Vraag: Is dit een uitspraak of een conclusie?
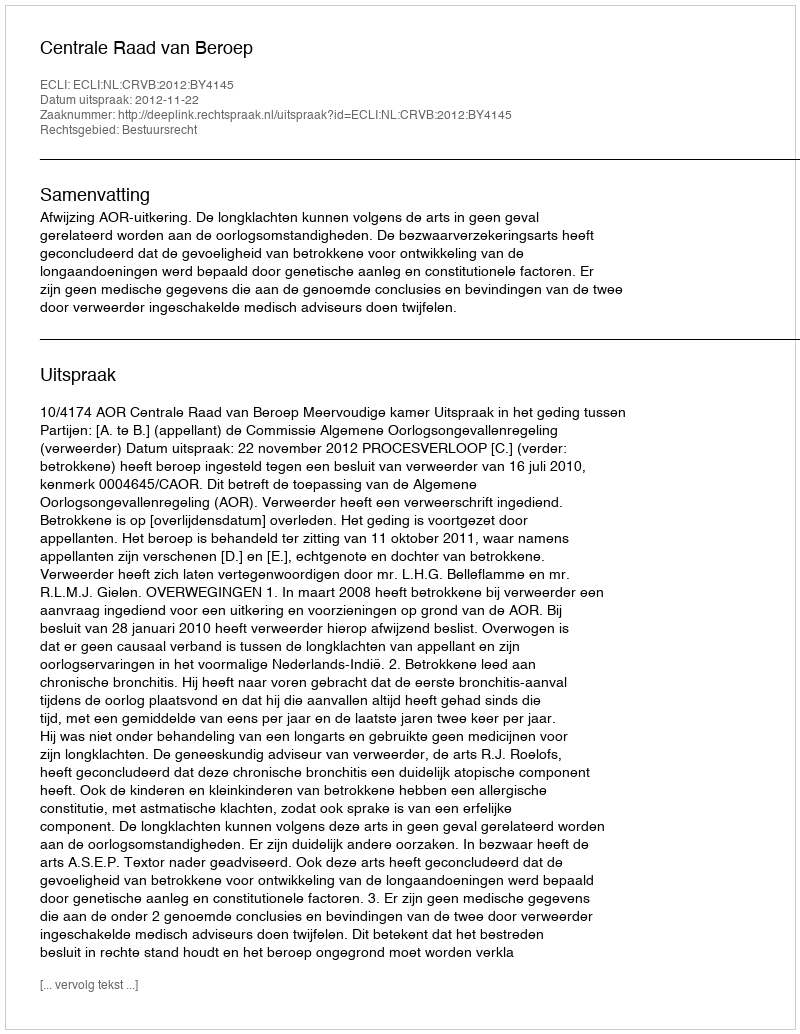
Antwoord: Uitspraak